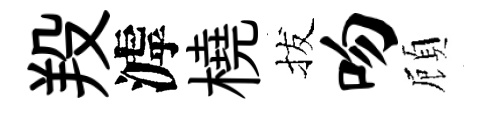
羖滹橈拔吻頋